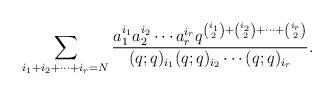
LaTeX: \begin{align*}\sum_{i_{1}+i_{2}+\cdots+i_{r}=N}\frac{a_{1}^{i_{1}}a_{2}^{i_{2}}\cdots a_{r}^{i_{r}}q^{\binom{i_1}{2}+\binom{i_2}{2}+\cdots+\binom{i_r}{2}}}{(q;q)_{i_{1}}(q;q)_{i_{2}}\cdots(q;q)_{i_{r}}}.\end{align*}